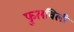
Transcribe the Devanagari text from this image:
फुलविली